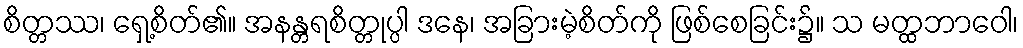
စိတ္တဿ၊ ရှေ့စိတ်၏။ အနန္တရစိတ္တုပ္ပါ ဒနေ၊ အခြားမဲ့စိတ်ကို ဖြစ်စေခြင်း၌။ သ မတ္ထဘာဝေါ၊